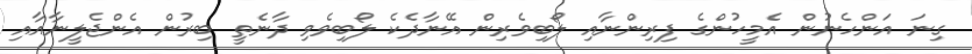
ގިނަ އަންހެނުން އެމީހުންގެ ފިރިންނާއި ލޯބިވެރިން އޭނާދެކެ ލޯބިވެވި ދާނެތީ ބިރުން އެންޖެލީނާއާއި